Report on enteric fever
Disease focus: Fever
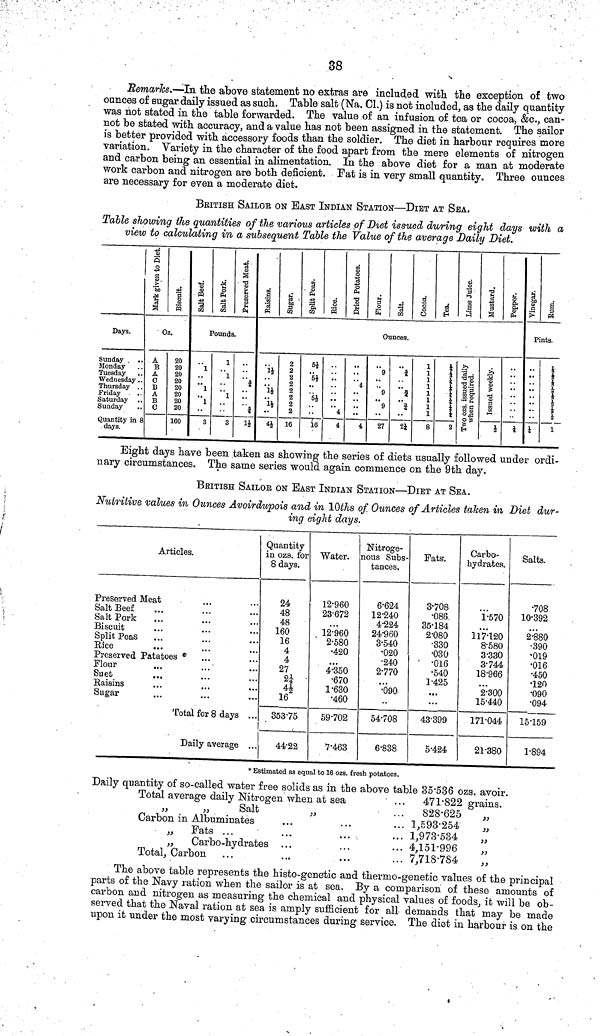
38
Remarks.—In the above statement no extras are included with the exception of two
ounces of sugar daily issued as such. Table salt (Na. Cl.) is not included, as the daily quantity
was not stated in the table forwarded. The value of an infusion of tea or cocoa, &c., can-
not be stated with accuracy, and a value has not been assigned in the statement. The sailor
is better provided with accessory foods than the soldier. The diet in harbour requires more
variation. Variety in the character of the food apart from the mere elements of nitrogen
and carbon being an essential in alimentation. In the above diet for a man at moderate
work carbon and nitrogen are both deficient. Fat is in very small quantity. Three ounces
are necessary for even a moderate diet.
BRITISH SAILOR ON EAST INDIAN STATION—DIET AT SEA.
Table showing the quantities of the various articles of Diet issued during eight days with a
view to calculating in a subsequent Table the Value of the average Daily Diet.
Days.
Sunday
Monday
Tuesday
Wednesday
Thursday
Friday
Saturday
Sunday
Quantity in 8
days,
Mark given to Dick
Biscuit.
Oz.
A
B
A
C
B
A
B
0
20
20
20
20
20
20
20
20
160
Salt Beef.
Salt Pork.
Preserved Meat.
Pounds.
1
1
1
3
1
1
1
3
i
¾
1½
Raisins.
Sugar. Split Pcas. Rice.Dried Potatoes.
Flour. Salt.0 Cocoa. Tea. Lime Juice.
Mustard. Pappar.
Ounces.
1½
..
1½
1½
4½
2
2
2
2
2
2
2
2
16
5½
5½
5
16
4
4
4
4
9
..
..
9
..
9
..
27
¾
..
¾
2
1
1
1
1
1
1
1
1
8
¼
¼
¼
¼
¼
¼
¼
¼
2¼
Issued weekly
½ ¼
Vinegar. Rum.
Pints.
¼
1
Bight days have been taken as showing the series of diets usually followed under ordi-
nary circumstances. The same series would again commence on the 9th day.
BRITISH SAILOR ON EAST INDIAN STATION—DIET AT SEA.
Nutritive values in Ounces Avoirdupois and in 10ths of Ounces of Articles taken in Diet dur-
ing eight days.
Articles.
Preserved Meat
Salt Beef
Salt Pork
Biscuit
Split Peas
Rice
Preserved Patatoes *
Flour
Suet
Baisins
Sugar
Total for 8 days ...
Daily average ...
Quantity
in ozs. for
8 days.
24
48
48
160
16
4
4
27
2¼
44
16
35375
44 22
Water.
12 960
23 672
12 960
2 580
420
4 350
670
1 630
460
59 702
7 463
Nitroge-
nous Subs-
tances.
6 624
12 240
4 224
24 960
3 540
020
240
2 770
090
54 708
6 838
Pats.
3 708
086
35 184
2 080
330
030
' 016
540
1 425
...
43 399
5 424
Carbo-
hydrates.
1 570
...
117 120
8 580
3 330
3 744
18 966
...
2 300
15 440
171 044
21 380
Salts.
708
10 392
...
2 880
390
019
016
450
120
090
094
15159
1 894
* Estimated as equal to 16 ozs. fiesh potatoes.
Daily quantity of so called water free solids as in the above table 35 536 ozs. avoir.
Total average daily Nitrogen when at sea
... 471 822 grains.
"
"
Salt
"
...
828 625
"
Carbon in Albuminates
...
...
... 1,593 254
"
"
Fats ...
...
...
... 1,973 534
"
"
Carbo hydrates ...
...
... 4,151 996
"
Total, Carbon ...
...
...
... 7,718 784
"
The above table represents the histo-genetic and thermo-genetic values of the principal
parts of the Navy ration when the sailor is at sea. By a comparison of these amounts of
carbon and nitrogen as measuring the chemical and physical values of foods, it will be ob-
served that the Naval ration at sea is amply sufficient for all demands that may be made
upon it under the most varying circumstances during service. The diet in harbour is on the